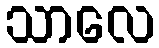
သာလေ